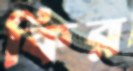
কির